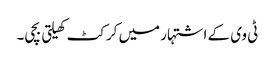
ٹی وی کے اشتہار میں کرکٹ کھیلتی بچی۔